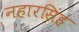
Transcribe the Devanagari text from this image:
नहारसिंह